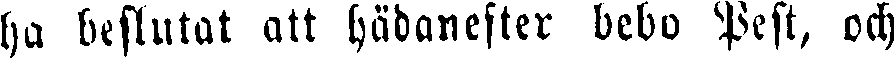
ha beslutat att hädanefter bebo Pest, och